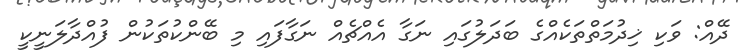
ދޭއް: ވަކި ޚިދުމަތްތަކެއްގެ ބަދަލުގައި ނަގާ އެއްޗެއް ނަގާފައި މި ބޭންކުތަކުން ފުއްދާލަނީކީ